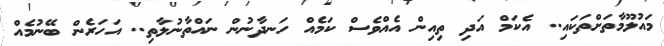
މައުލޫމާތަށްތަކައި.. އެކަމް އަދި ތިއިން އެއްވެސް ކަމެއް ހަނދާނުން ނައްތާނުލާތި.. އަހަރެން ބޭނުމެއް